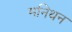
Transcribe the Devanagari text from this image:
मनिथन